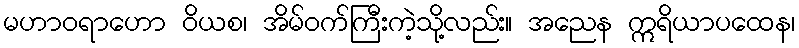
မဟာဝရာဟော ဝိယစ၊ အိမ်ဝက်ကြီးကဲ့သို့လည်း။ အညေန ဣရိယာပထေန၊